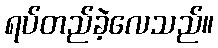
ရပ်တည်ခဲ့လေသည်။